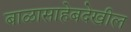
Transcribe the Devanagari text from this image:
बाळासाहेबदेखील